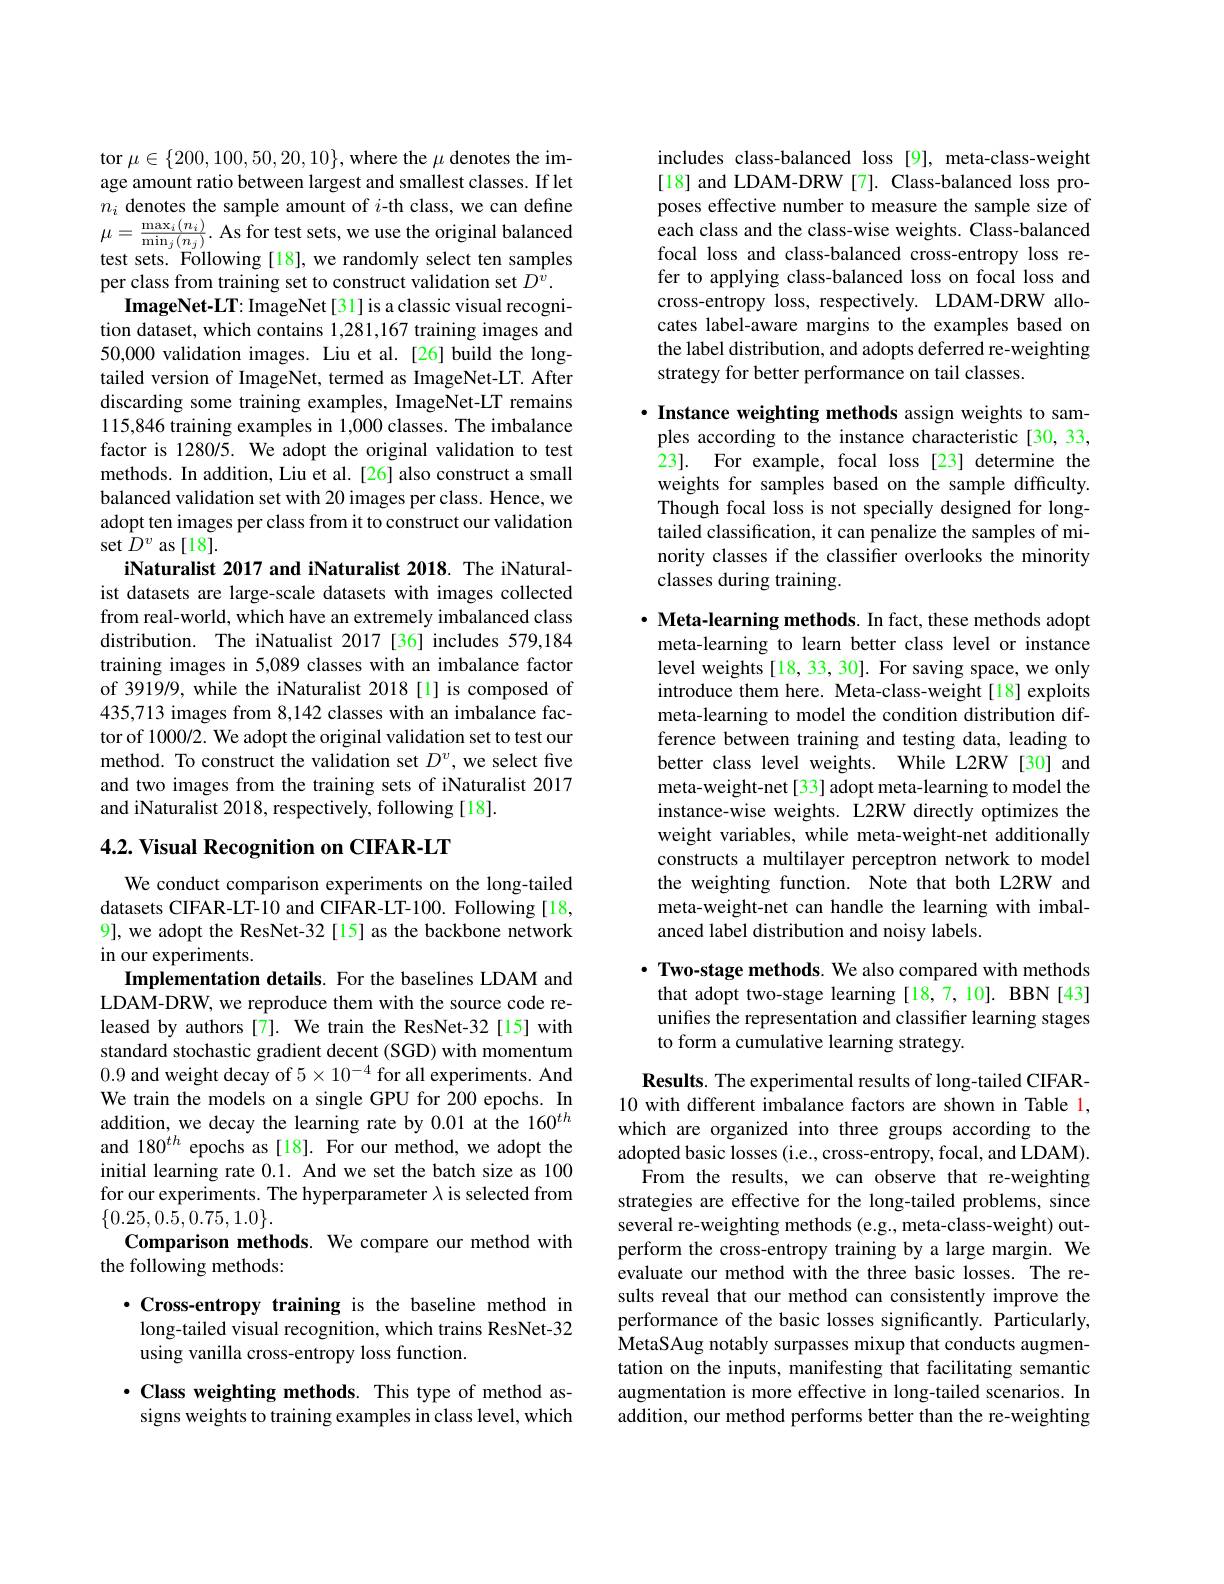
tor $\mu\in\{200,100,50,20,10\}$,where the $\mu$ denotes the image amount ratio between largest and smallest classes. If let $n_i$ denotes the sample amount of $i$-th class, we can define $\begin{array}{l}{\mu=\frac{\max_{i}(n_{i})}{\min_{j}(n_{j})}.\text{ As for test sets, we use the original balanced}}\\{\mathrm{test~sets.~Following~[18],~we~randomly~select~ten~samples}}\end{array}$ per class from training set to construct validation set $D^{\hat{v}}.$
ImageNet-LT: ImageNet[31] is a classic visual recognition dataset, which contains 1,281,167 training images and 50,000 validation images. Liu et al.[26] build the longtailed version of ImageNet, termed as ImageNet-LT. After discarding some training examples, ImageNet-LT remains 115,846 training examples in 1,000 classes. The imbalance factor is 1280/5. We adopt the original validation to test methods. In addition, Liu et al. [26] also construct a small balanced validation set with 20 images per class. Hence, we adopt ten images per class from it to construct our validation set $D^v$ as [18].
iNaturalist 2017 and iNaturalist 2018. The iNaturalist datasets are large-scale datasets with images collected from real-world, which have an extremely imbalanced class distribution. The iNatualist 2017 [36] includes 579,184 training images in 5,089 classes with an imbalance factor of 3919/9, while the iNaturalist 2018[l] is composed of 435,713 images from 8,142 classes with an imbalance factor of 1000/2. We adopt the original validation set to test our method. To construct the validation set $D^v$, we select five and two images from the training sets of iNaturalist 2017 and iNaturalist 2018, respectively, following [18].

## 4.2. Visual Recognition on CIFAR-LT

We conduct comparison experiments on the long-tailed datasets CIFAR-LT-10 and CIFAR-LT-100. Following[18, 9], we adopt the ResNet-32 [15] as the backbone network in our experiments.
Implementation details. For the baselines LDAM and LDAM-DRW, we reproduce them with the source code released by authors [7]. We train the ResNet-32[15] with standard stochastic gradient decent (SGD) with momentum 0.9 and weight decay of $5\times10^-4$ for all experiments. And We train the models on a single GPU for 200 epochs. In addition, we decay the learning rate by 0.01 at the 160$^th$ and 180$^{th}$ epochs as[18]. For our method, we adopt the initial learning rate 0.1. And we set the batch size as 100 for our experiments. The hyperparameter $\lambda$ is selected from $\{0.25,0.5,0.75,1.0\}.$
Comparison methods. We compare our method with
the following methods:
$\cdot$Cross-entropy training is the baseline method in

long-tailed visual recognition, which trains ResNet-32
using vanilla cross-entropy loss function

$\cdot$ Class weighting methods. This type of method assigns weights to training examples in class level, which

includes class-balanced loss [9], meta-class-weight [18] and LDAM-DRW [7]. Class-balanced loss proposes effective number to measure the sample size of each class and the class-wise weights. Class-balanced focal loss and class-balanced cross-entropy loss refer to applying class-balanced loss on focal loss and cross-entropy loss, respectively. LDAM-DRW allocates label-aware margins to the examples based on the label distribution, and adopts deferred re-weighting strategy for better performance on tail classes.

$\cdot$ Instance weighting methods assign weights to samples according to the instance characteristic [30, 33, $\hat{2} 3] .$ For example, focal loss[23] determine the weights for samples based on the sample difficulty. Though focal loss is not specially designed for longtailed classification, it can penalize the samples of minority classes if the classifer overlooks the minority classes during training.

$\cdot$ Meta-learning methods. In fact, these methods adopt meta-learning to learn better class level or instance level weights[18,33,30]. For saving space, we only introduce them here. Meta-class-weight[18] exploits meta-learning to model the condition distribution difference between training and testing data, leading to better class level weights. While L2RW[30] and meta-weight-net[33] adopt meta-learning to model the instance-wise weights. L2RW directly optimizes the weight variables, while meta-weight-net additionally constructs a multilayer perceptron network to model the weighting function. Note that both L2RW and meta-weight-net can handle the learning with imbalanced label distribution and noisy labels.

$\cdot \textbf{ Two- stage methods. We also compared with methods}$ that adopt two-stage learning [18,7,10]. BBN [43] unifies the representation and classifier learning stages to form a cumulative learning strategy.

$\mathbf{Results.The~experimental~results~of~long-tailed~CIFAR-}$ 10 with different imbalance factors are shown in Table l, which are organized into three groups according to the adopted basic losses (i.e., cross-entropy, focal, and LDAM).
From the results, we can observe that re-weighting strategies are effective for the long-tailed problems, since several re-weighting methods (e.g., meta-class-weight) outperform the cross-entropy training by a large margin. We evaluate our method with the three basic losses. The results reveal that our method can consistently improve the performance of the basic losses significantly. Particularly, MetaSAug notably surpasses mixup that conducts augmentation on the inputs, manifesting that facilitating semantic augmentation is more effective in long-tailed scenarios. In addition, our method performs better than the re-weighting